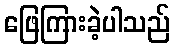
ဖြေကြားခဲ့ပါသည်